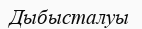
Дыбысталуы